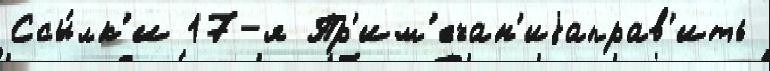
Ссы́лк'и 17-я Пр'им'ечан'иjаправ'ить